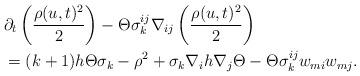
LaTeX: \begin{align*}&\partial_{t}\left(\frac{\rho(u,t)^{2}}{2}\right)-\Theta\sigma^{ij}_{k}\nabla_{ij}\left(\frac{\rho(u,t)^{2}}{2}\right)\\&=(k+1)h\Theta\sigma_{k}-\rho^{2}+\sigma_{k}\nabla_{i}h\nabla_{j}\Theta-\Theta\sigma^{ij}_{k}w_{mi}w_{mj}.\end{align*}